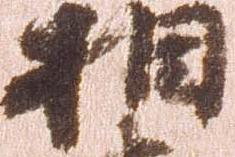
相